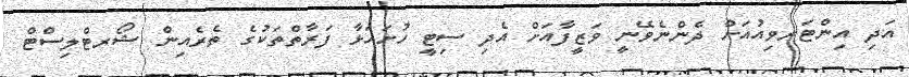
އަދި އިންޓަރވިއުއަށް ދެންނެވޭނީ ވަޒީފާއަށް އެދި ސިޓީ ހުށަހަޅާ ފަރާތްތަކުގެ ތެރެއިން ޝޯރޓްލިސްޓް